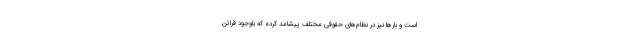
است و بارها نیز در نظام‌های حقوقی مختلف پیشامد کرده که باوجود قرائن